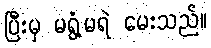
ပြီးမှ မရွံ့မရဲ မေးသည်။